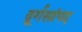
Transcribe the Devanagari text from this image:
दूर्गसांपद